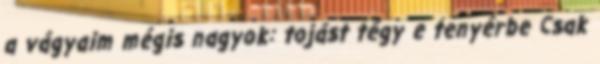
a vágyaim mégis nagyok: tojást tégy e tenyérbe Csak